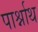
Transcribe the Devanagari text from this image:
पार्श्नाथ